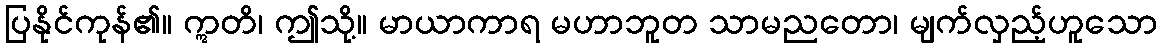
ပြနိုင်ကုန်၏။ ဣတိ၊ ဤသို့။ မာယာကာရ မဟာဘူတ သာမညတော၊ မျက်လှည့်ဟူသော